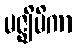
မဇ္ဈိမိကာ